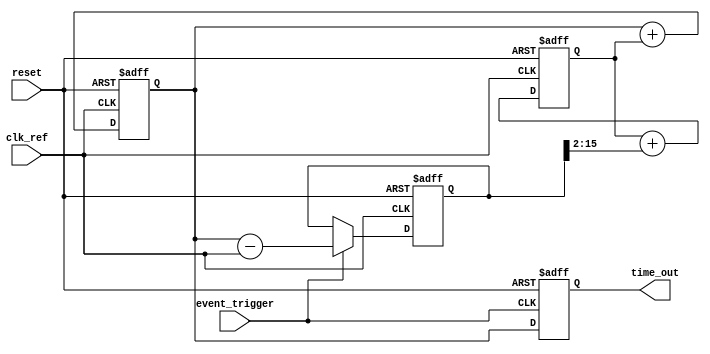
module TDC_PLL (
    input wire clk_ref,         // Reference clock
    input wire event_trigger,   // Input event trigger signal
    output reg [15:0] time_out, // Digital output for time measurement
    input wire reset            // Reset signal
);

    // PLL parameters
    reg [15:0] vco_output;      // VCO output
    reg [15:0] phase_error;     // Phase error signal
    reg [15:0] control_voltage;  // Control voltage for VCO
    reg [15:0] loop_filter;      // Loop filter output
    reg [15:0] sample;           // Sampled value at event trigger

    // Phase Detector (PD)
    always @(posedge clk_ref or posedge reset) begin
        if (reset) begin
            phase_error <= 16'b0;
        end else begin
            // Simple phase detection logic (for illustration)
            phase_error <= event_trigger ? (vco_output - clk_ref) : phase_error;
        end
    end

    // Loop Filter (LF)
    always @(posedge clk_ref or posedge reset) begin
        if (reset) begin
            loop_filter <= 16'b0;
        end else begin
            // Simple low-pass filter for control voltage smoothing
            loop_filter <= loop_filter + (phase_error >> 2); // Example smoothing
        end
    end

    // Voltage Controlled Oscillator (VCO)
    always @(posedge clk_ref or posedge reset) begin
        if (reset) begin
            vco_output <= 16'b0;
        end else begin
            // Adjust VCO output based on control voltage
            vco_output <= vco_output + loop_filter; // Example VCO behavior
        end
    end

    // Sampling Mechanism
    always @(posedge event_trigger or posedge reset) begin
        if (reset) begin
            time_out <= 16'b0;
        end else begin
            // Capture the VCO output at the moment of the event trigger
            time_out <= vco_output;
        end
    end

endmodule